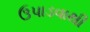
ઉપાડવાથી